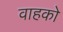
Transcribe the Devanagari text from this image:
वाहको